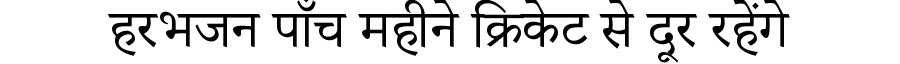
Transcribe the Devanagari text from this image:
हरभजन पाँच महीने क्रिकेट से दूर रहेंगे